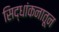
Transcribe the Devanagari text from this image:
सिद्धांकनातून